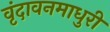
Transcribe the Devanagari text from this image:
वृंदावनमाधुरी